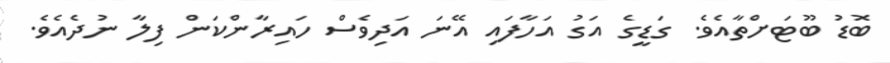
ބޮޑު ބޫޓަށްތާއެވެ. ގަޑީގެ އަގު އަހާފައި އޭނަ އަދިވެސް ހައިރާންކަން ފިލާ ނުދެއެވެ.